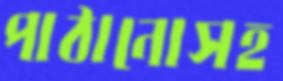
পাঠানোসহ